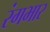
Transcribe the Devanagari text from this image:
रंगभार